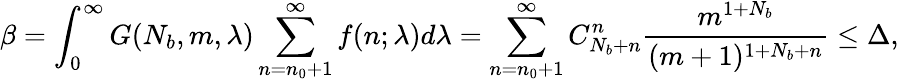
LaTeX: \displaystyle\beta=\int_{0}^{\infty}{G(N_{b},m,\lambda)\sum_{n=n_{0}+1}^{\infty}f(n;\lambda)d\lambda}=\sum_{n=n_{0}+1}^{\infty}C_{N_{b}+n}^{n}\frac{m^{1+N_{b}}}{(m+1)^{1+N_{b}+n}}\le\Delta,